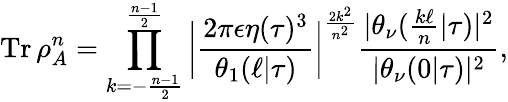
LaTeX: \operatorname{Tr}\rho_{A}^{n}=\prod_{k=-\frac{n-1}{2}}^{\frac{n-1}{2}}\bigg|\frac{2\pi\epsilon\eta(\tau)^{3}}{\theta_{1}(\ell|\tau)}\bigg|^{\frac{2k^{2}}{n^{2}}}\frac{|\theta_{\nu}(\frac{k\ell}{n}|\tau)|^{2}}{|\theta_{\nu}(0|\tau)|^{2}},